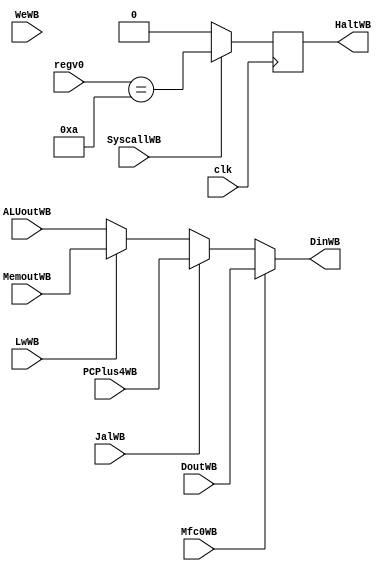
`timescale 1ns / 1ps
//////////////////////////////////////////////////////////////////////////////////
// Company: 
// Engineer: 
// 
// Design Name: 
// Module Name: WB
// Project Name: 
// Target Devices: 
// Tool Versions: 
// Description: 
// 
// Dependencies: 
// 
// Revision:
// Revision 0.01 - File Created
// Additional Comments:
// 
//////////////////////////////////////////////////////////////////////////////////

module WB(clk,SyscallWB,WeWB,JalWB,LwWB,ALUoutWB,MemoutWB,PCPlus4WB,regv0,HaltWB,DinWB,Mfc0WB,DoutWB);
input  wire clk,SyscallWB,WeWB,JalWB,LwWB,Mfc0WB;
input  wire [31:0] ALUoutWB,MemoutWB,PCPlus4WB,regv0,DoutWB;
output reg  HaltWB;
output  wire [31:0]DinWB;
wire haltcome;

initial
begin
    HaltWB<=0;
end

assign DinWB=Mfc0WB?DoutWB:(JalWB?PCPlus4WB:(LwWB?MemoutWB:ALUoutWB));
assign haltcome=SyscallWB?(regv0==10):0;

always@(posedge clk)
begin
    HaltWB<=haltcome;
end
endmodule